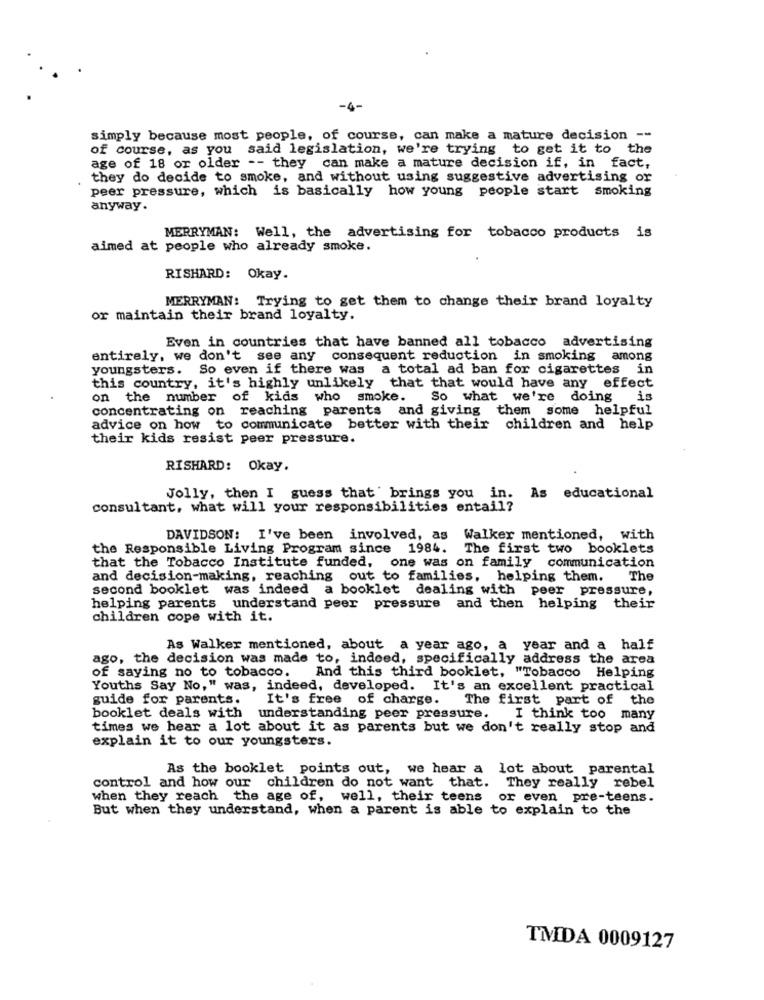
-4-
simply because most people, of course, can make a mature decision --
of course, as you said legislation, we're trying to get it to the
age of 18 or older -- they can make a mature decision if, in fact,
they do decide to smoke, and without using suggestive advertising or
peer pressure, which is basically how young people start smoking
anyway.
MERRYMAN: Well, the advertising for tobacco products is
aimed at people who already smoke.
RISHARD: Okay.
MERRYMAN: Trying to get them to change their brand loyalty
or maintain their brand loyalty.
Even in countries that have banned all tobacco advertising
entirely, we don't see any consequent reduction in smoking among
youngsters. So even if there was a total ad ban for cigarettes in
this country, it's highly unlikely that that would have any effect
on the number
of kids who smoke. So what we're doing is
concentrating on reaching parents and giving them some helpful
advice on how to communicate better with their children and help
their kids resist peer pressure.
RISHARD: Okay.
Jolly, then I guess that' brings you in. As educational
consultant, what will your responsibilities entail?
DAVIDSON: I've been involved, as Walker mentioned, with
the Responsible Living Program since 1984. The first two booklets
that the Tobacco Institute funded, one was on family communication
and decision-making, reaching out to families, helping them. The
second booklet was indeed a booklet dealing with peer pressure,
helping parents understand peer pressure and then helping their
children cope with it.
As Walker mentioned, about a year ago, a year and a half
ago, the decision was made to, indeed, specifically address the area
of saying no to tobacco. And this third booklet, "Tobacco Helping
Youths Say No," was, indeed, developed. It's an excellent practical
guide for parents.
It's free of charge. The first part of the
booklet deals with
understanding peer pressure.
I think too many
times we hear a lot about it as parents but we don't really stop and
explain it to our youngsters.
As the booklet points out, we hear a lot about parental
control and how our children do not want that. They really rebel
when they reach the age of, well, their teens
or even pre-teens.
But when they understand, when a parent is able to explain to the
TMDA 0009127